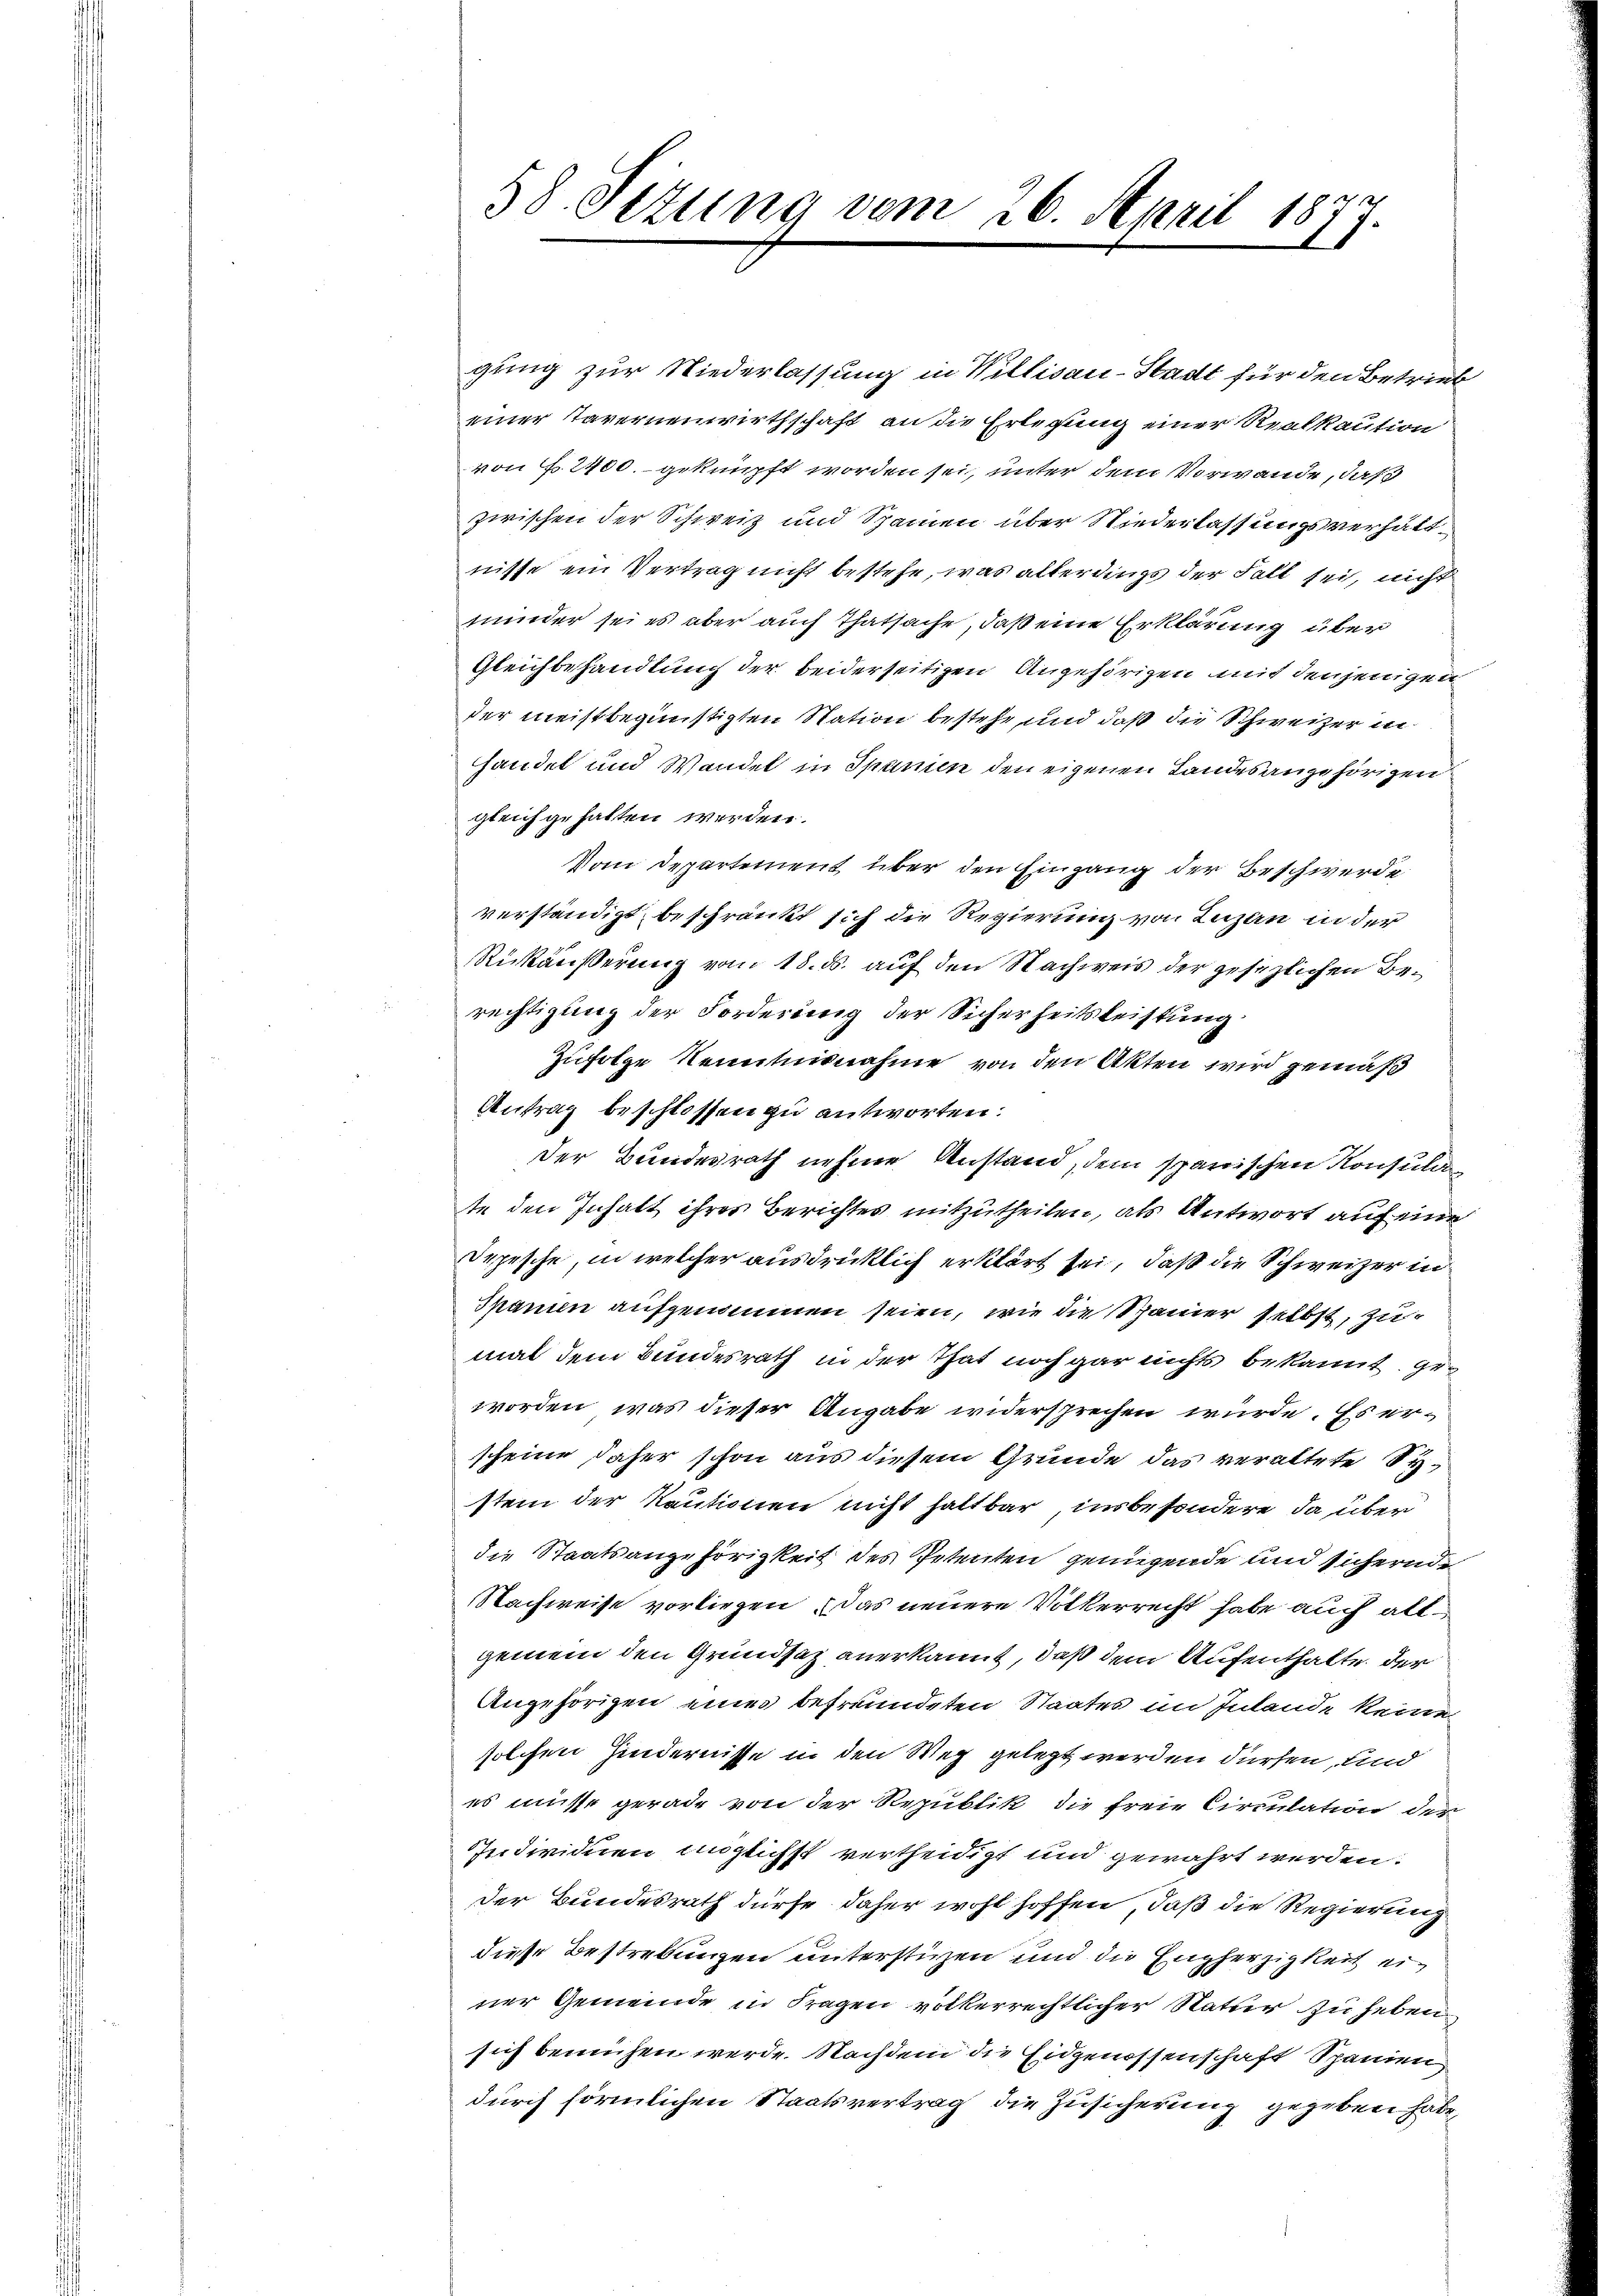
gung zur Niederlassung in Willisau-Stadt für den Betrieb
einer Tavernenwirthschaft an die Erlegung einer Realkaution
von § 2400.- geknüpft worden sei, unter dem Vorwande, daß
zwischen der Schweiz und Spanien über Niederlassungsverhältnisse ein Vertrag nicht bestehe, was allerdings der Fall sei, nicht
minder sei es aber auch Thatsache, daß eine Erklärung über
Gleichbehandlung der beiderseitigen Angehörigen mit denjenigen
der meistbegünstigten Station bestehe, und daß die Schweizer in
handet und Wandel in Spanien den eigenen Landesangehörigen
gleichgehalten werden.
Vom Departement über den Eingang der Beschwerde
verständigt, beschränkt sich die Regierung von Luzern in der
Rükäußerung vom 18. ds. auf den Nachweis der gesezlichen Berechtigung der Forderung der Sicherheitsleistung
Zufolge Kenntnisnahme von den Akten wird gemäß
Antrag beschlossen zu antworten.
der Bundesrath nehme Anstand, dem spanischen Konsulate den Inhalt ihres Berichtes mitzutheilen, als Antwort auf eine
Depesche, in welcher ausdrücklich erklärt sei, daß die Schweizer in
Spanien aufgenommen seien, wie die Spanier selbst, zumal dem Bundesrath in der That noch gar nichts bekannt, geworden, was dieser Angabe widersprechen würde. Es erscheine daher schon aus diesem Grunde das veraltete Sy
stem der Kautionen nicht haltbar, insbesondere, da über
die Staatsangehörigkeit des Petenten genügende und sichernde
Nachweise vorliegen das neuere Völkerrecht habe auch allgemein den Grundsaz anerkannt, daß dem Aufenthalte der
Angehörigen eines befreundeten Staates im Inlande keine
solchen Hindernisse in den Weg gelegt werden dürfen, und
es müsse gerade von der Republik die freie Circulation der
Individuen unglichst vertheidigt und gewahrt werden.
der Bundesrath dürfe daher wohl hoffen, daß die Regierung
diese Bestrebungen unterstizen und die Engherzigkeit einer Gemeinde in Fragen völkerrechtlicher Natur zu heben
sich bemühen werde. Nachdem die Eidgenossenschaft Spanien
durch förmlichen Staatsvertrag die Zusicherung gegeben habe,

58. Sizung vom 26. April 1877.